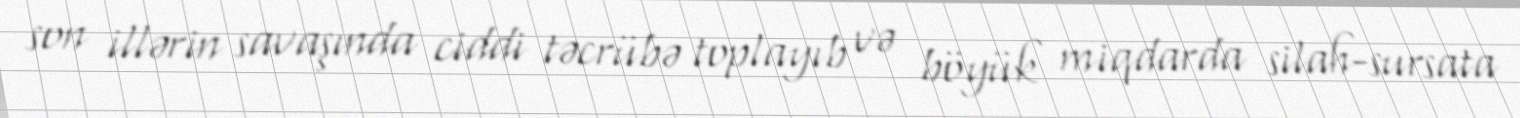
son illərin savaşında ciddi təcrübə toplayıb və böyük miqdarda silah-sursata